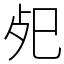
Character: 𢀸